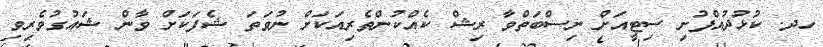
ހދ. ކުޅުދުއްފުށި ސިޓީއަށް ނިސްބަތްވާ ރިޝް ކެއްކުންތެރިއަކަށް ނުވަތަ ޝެފަކަށް ވާން ޝައުގުވެރިވި